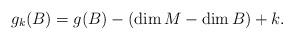
LaTeX: \begin{align*}g_k(B)=g(B)-(\dim M-\dim B)+k.\end{align*}